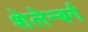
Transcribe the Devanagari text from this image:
शेलेन्बर्ग